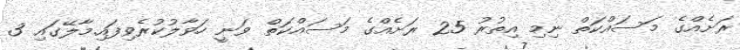
ރަށެއްގެ މަސައްކަތް ނިމި އިތުރު 25 ރަށެއްގެ މަސައްކަތް ވަނީ ހަވާލުކުރެވިފައި.މާލޭގައި 3